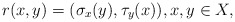
\begin{align*}r(x,y)=(\sigma_x(y),\tau_y(x)),x,y\in X,\end{align*}